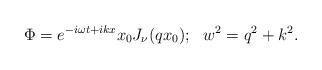
LaTeX: \begin{align*}\Phi = e^{-i\omega t+i k x} x_0 J_{\nu}(qx_0); \ \ w^2=q^2+k^2.\end{align*}